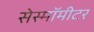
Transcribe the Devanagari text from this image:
सेस्मॉमीटर